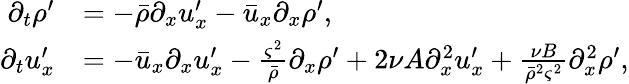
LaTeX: \begin{array}{rl}{\partial_{t}\rho^{\prime}}&{=-\bar{\rho}\partial_{x}u_{x}^{\prime}-\bar{u}_{x}\partial_{x}\rho^{\prime},}\\ {\partial_{t}u_{x}^{\prime}}&{=-\bar{u}_{x}\partial_{x}u_{x}^{\prime}-\frac{\varsigma^{2}}{\bar{\rho}}\partial_{x}\rho^{\prime}+2\nu A\partial_{x}^{2}u_{x}^{\prime}+\frac{\nu B}{\bar{\rho}^{2}\varsigma^{2}}\partial_{x}^{2}\rho^{\prime},}\end{array}